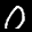
Label: 0